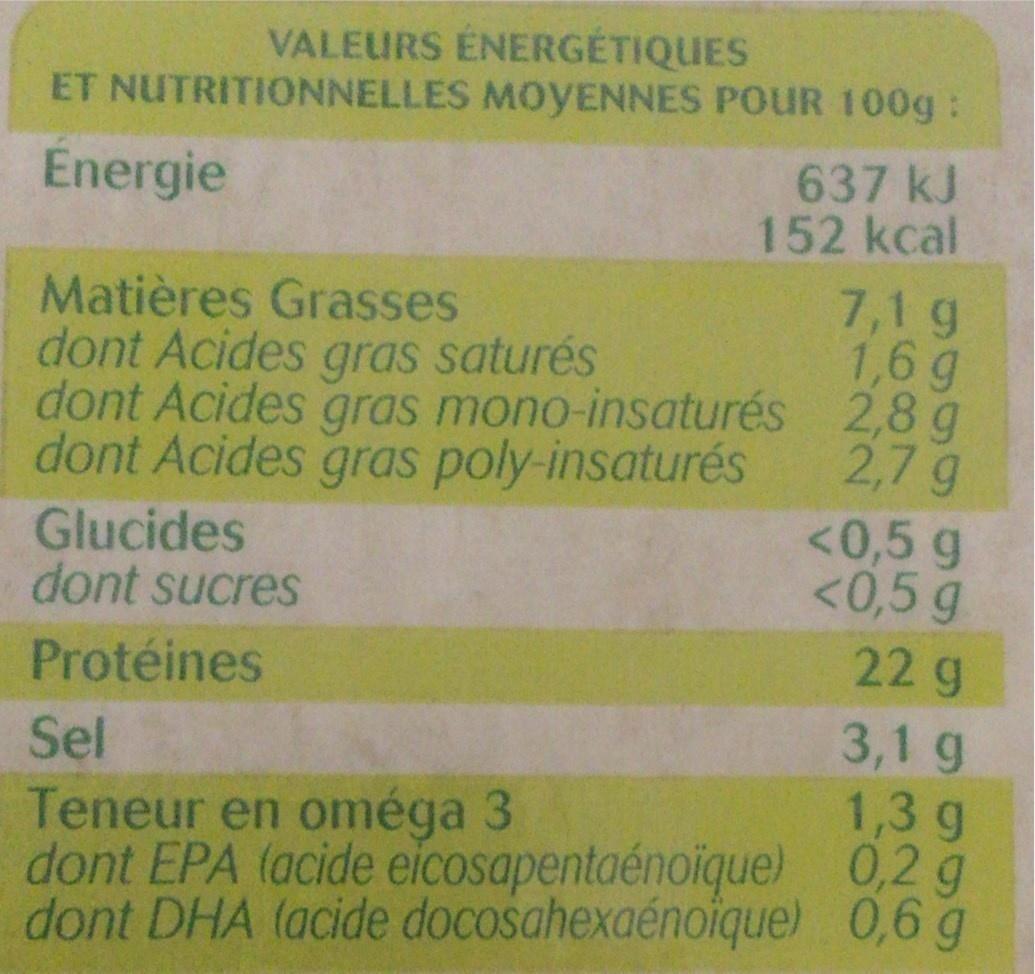
VALEURS ENERGETIQUES ET NUTRITIONNELLES MOYENNES POUR 100g :
Energie
637 kJ 152 kcal
7,1 g 1,6 g dont Acides gras mono-insaturés 2,8 g 2,7 g <0,5 g <0,5 g
Matières Grasses dont Acides gras saturés
dont Acides gras poly-insaturés
Glucides dont sucres
22 g
Protéines
3,1 g
Sel Teneur en oméga 3 dont EPA (acide eicosapentaénoique) 0,2 g dont DHA (acide docosahexaénoique) 0,6 g
1,3 g